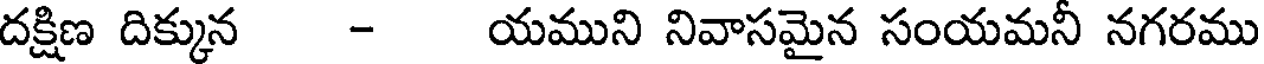
దక్షిణ దిక్కున - యముని నివాసమైన సంయమనీ నగరము